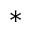
^ *